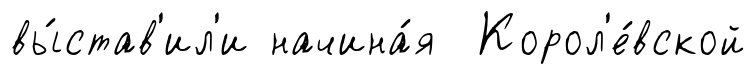
вы́став'ил'и начина́я Корол'е́вской